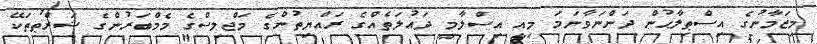
މިޒަމާނުގެ އިސްޠިލާޙުން ދަންނަވާނަމަ މިއީ އިސްލާމީ ދައުލަތެއްގެ ރައްޔިތުންގެ މަޖްލިސްގެ މެމްބަރުންގެ ޝަރްޠުުތަކޭ